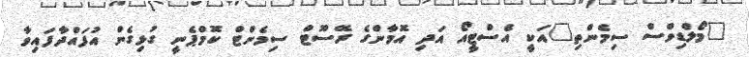
"މޯލްޑިވްސް ސިމެންތި"އަކީ އެސްޓީއޯ އަދި އޮމާންގެ ރޭސޫޓް ސިމެންޓް ކޮމްޕެނީ ގުޅިގެން އުފައްދާފައިވާ